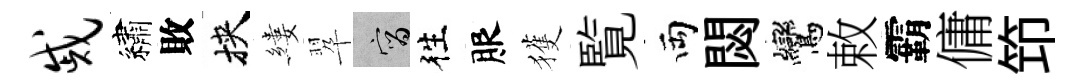
戚繡敗挾縷翆宵徃服獲覧両閟鸞敕霸傭笻